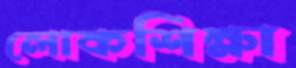
লোকশিক্ষা